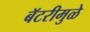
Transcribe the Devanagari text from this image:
बॅटरीमुळे